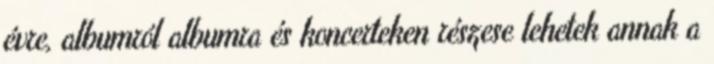
évre, albumról albumra és koncerteken részese lehetek annak a